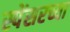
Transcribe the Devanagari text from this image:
स्पेंसरच्या